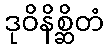
ဒုဝိနိစ္ဆိတံ